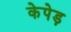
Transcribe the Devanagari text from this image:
केपेड़